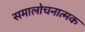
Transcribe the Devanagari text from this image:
समालोचनात्‍मक